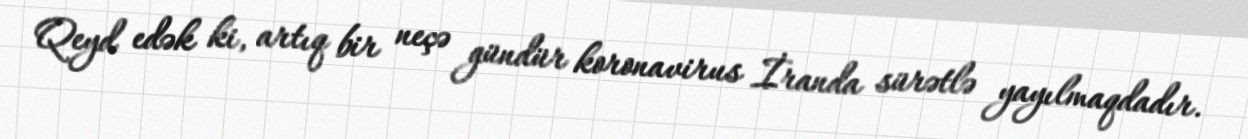
Qeyd edək ki, artıq bir neçə gündür koronavirus İranda sürətlə yayılmaqdadır.